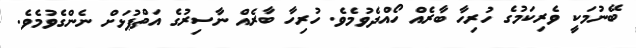
ބޭނުމަކީ ވެރިކަމުގެ ހުރިހާ ބާރެއް ހޯއްދެވުމެވެ. ހުރިހާ ބާރެއް ނާސިރުގެ އަތްޕުޅަށް ނެންގެވުމެވެ.